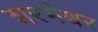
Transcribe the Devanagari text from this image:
शरभेश्वर